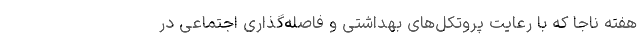
هفته ناجا که با رعایت پروتکل‌های بهداشتی و فاصله‌گذاری اجتماعی در